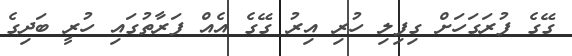
ގޭގެ ފުރަގަހަށް ގިފިލި ހުރި އިރު ގޭގެ އެއް ފަރާތުގައި ހުރީ ބަދިގެ